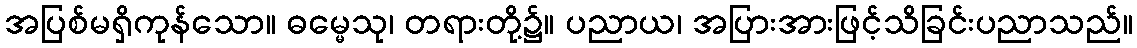
အပြစ်မရှိကုန်သော။ ဓမ္မေသု၊ တရားတို့၌။ ပညာယ၊ အပြားအားဖြင့်သိခြင်းပညာသည်။